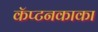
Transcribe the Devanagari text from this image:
कॅप्टनकाका